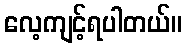
လေ့ကျင့်ရပါတယ်။